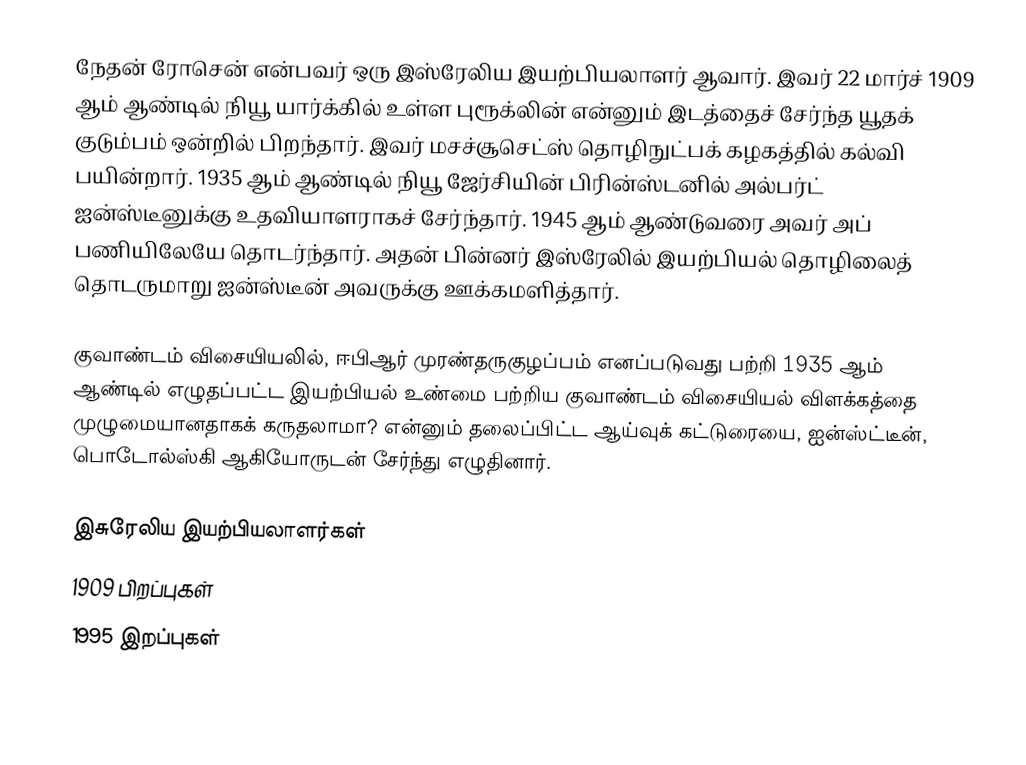
நேதன் ரோசென் என்பவர் ஒரு இஸ்ரேலிய இயற்பியலாளர் ஆவார். இவர் 22 மார்ச் 1909 ஆம் ஆண்டில் நியூ யார்க்கில் உள்ள புரூக்லின் என்னும் இடத்தைச் சேர்ந்த யூதக் குடும்பம் ஒன்றில் பிறந்தார். இவர் மசச்சூசெட்ஸ் தொழிநுட்பக் கழகத்தில் கல்வி பயின்றார். 1935 ஆம் ஆண்டில் நியூ ஜேர்சியின் பிரின்ஸ்டனில் அல்பர்ட் ஐன்ஸ்டீனுக்கு உதவியாளராகச் சேர்ந்தார். 1945 ஆம் ஆண்டுவரை அவர் அப் பணியிலேயே தொடர்ந்தார். அதன் பின்னர் இஸ்ரேலில் இயற்பியல் தொழிலைத் தொடருமாறு ஐன்ஸ்டீன் அவருக்கு ஊக்கமளித்தார்.

குவாண்டம் விசையியலில், ஈபிஆர் முரண்தருகுழப்பம் எனப்படுவது பற்றி 1935 ஆம் ஆண்டில் எழுதப்பட்ட இயற்பியல் உண்மை பற்றிய குவாண்டம் விசையியல் விளக்கத்தை முழுமையானதாகக் கருதலாமா? என்னும் தலைப்பிட்ட ஆய்வுக் கட்டுரையை, ஐன்ஸ்ட்டீன், பொடோல்ஸ்கி ஆகியோருடன் சேர்ந்து எழுதினார்.

இசுரேலிய இயற்பியலாளர்கள்
1909 பிறப்புகள்
1995 இறப்புகள்